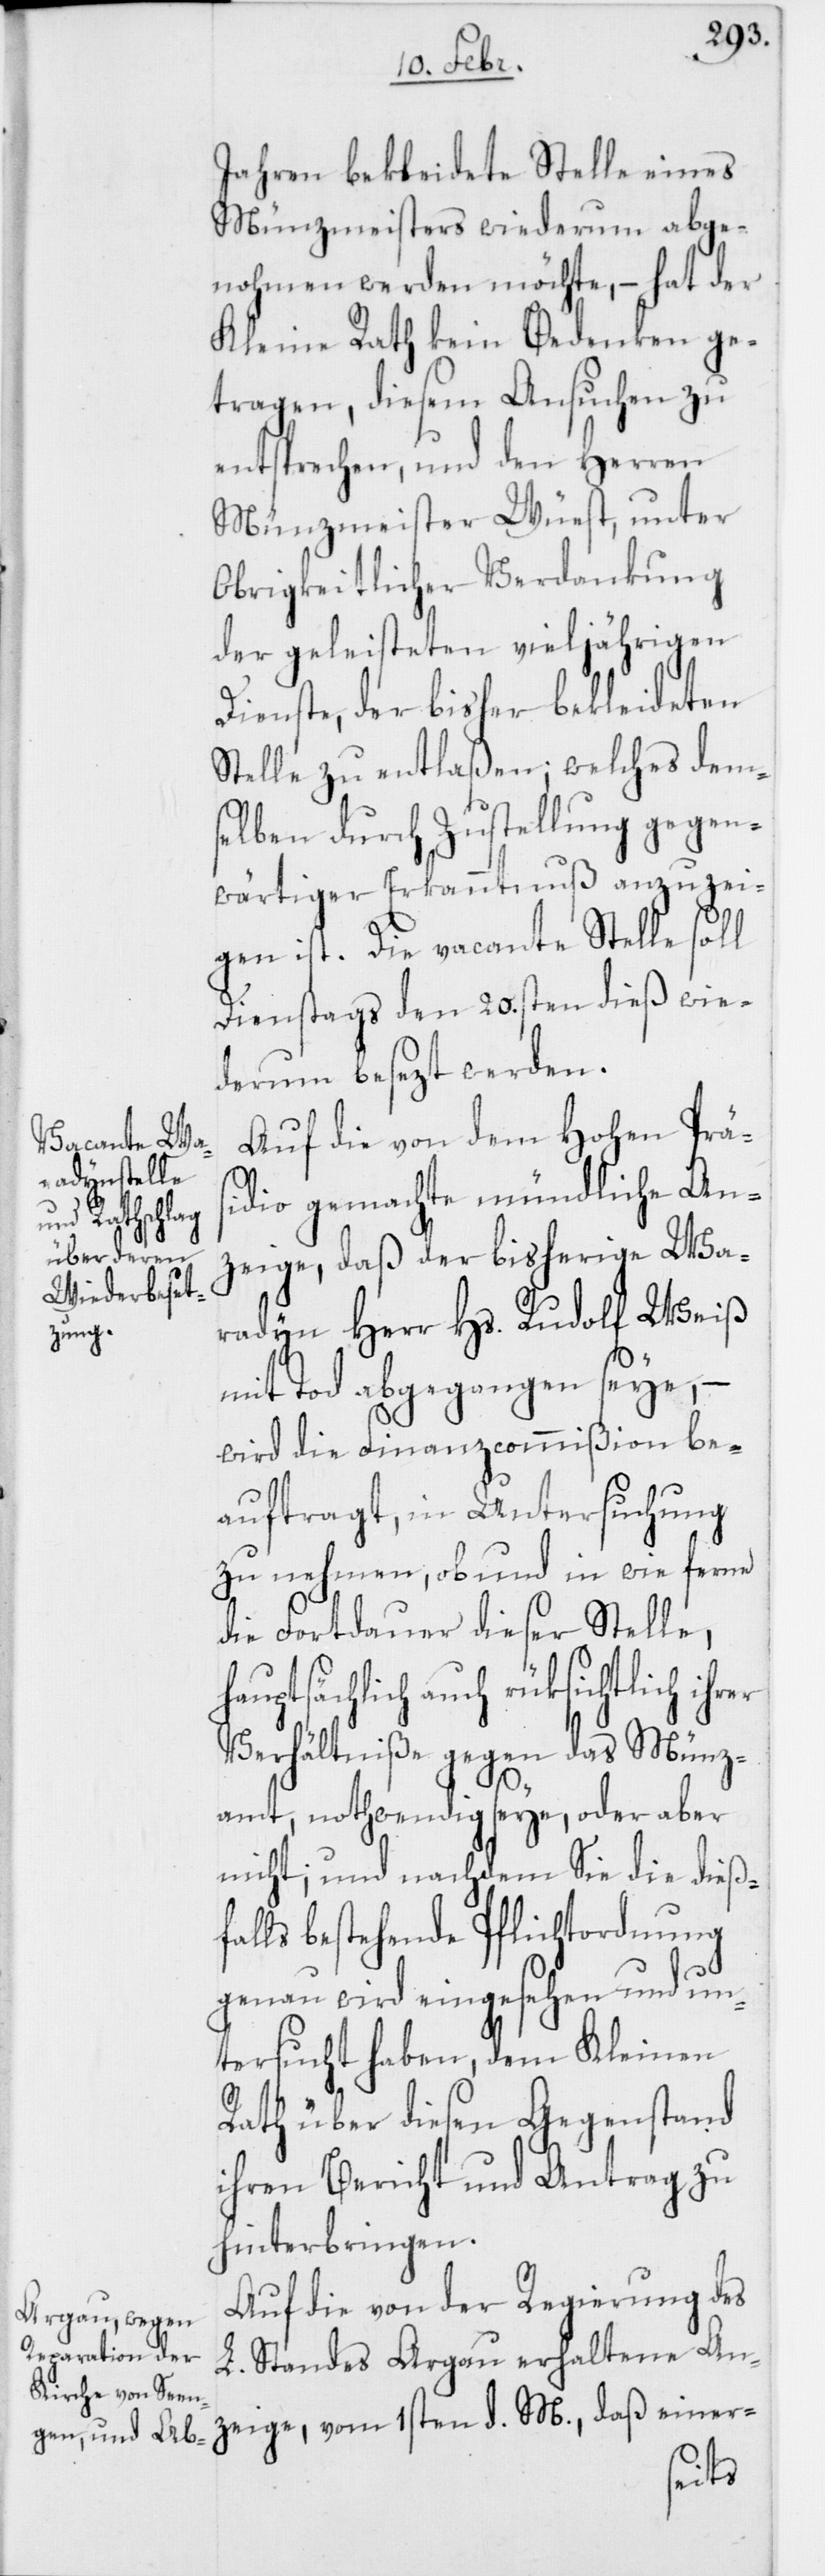
Jahren bekleidete Stelle eines
Münzmeisters wiederum abge¬
nohmen werden möchte, – hat der
Kleine Rath kein Bedenken ge¬
tragen, diesem Ansuchen zu
entsprechen, und den Herren
Münzmeister Wüest, unter
Obrigkeitlicher Verdankung
der geleisteten vieljährigen
Dienste, der bisher bekleideten
Stelle zu entlaßen; welches dem¬
selben durch Zustellung gegen¬
wärtiger Erkanntnuß anzuzei¬
gen ist. Die vacante Stelle soll
Dienstags den 20.sten dieß wie¬
derum besezt werden.
Auf die von dem Hohen Präs¬
idio gemachte mündliche An¬
zeige, daß der bisherige Wa¬
radyn Herr Hs. Rudolf Weiß
mit Tod abgegangen seye, –
wird die Finanzcommißion be¬
auftragt, in Untersuchung
zu nehmen, ob und in wie ferne
die Fortdauer dieser Stelle,
hauptsächlich auch rüksichtlich ihr¬
Verhältniße gegen das Münz¬
amt, nothwendig seye, oder aber
nicht; und nachdem sie die dieß¬
falls bestehende Pflichtordnung
genau wird eingesehen und un¬
tersucht haben, dem Kleinen
Rath über diesen Gegenstand
ihren Bericht und Antrag zu
hinterbringen.
Auf die von der Regierung des
L. Standes Argau erhaltene An¬
zeige, vom 1sten d. M., daß einer-
er